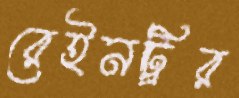
রেইনট্রির